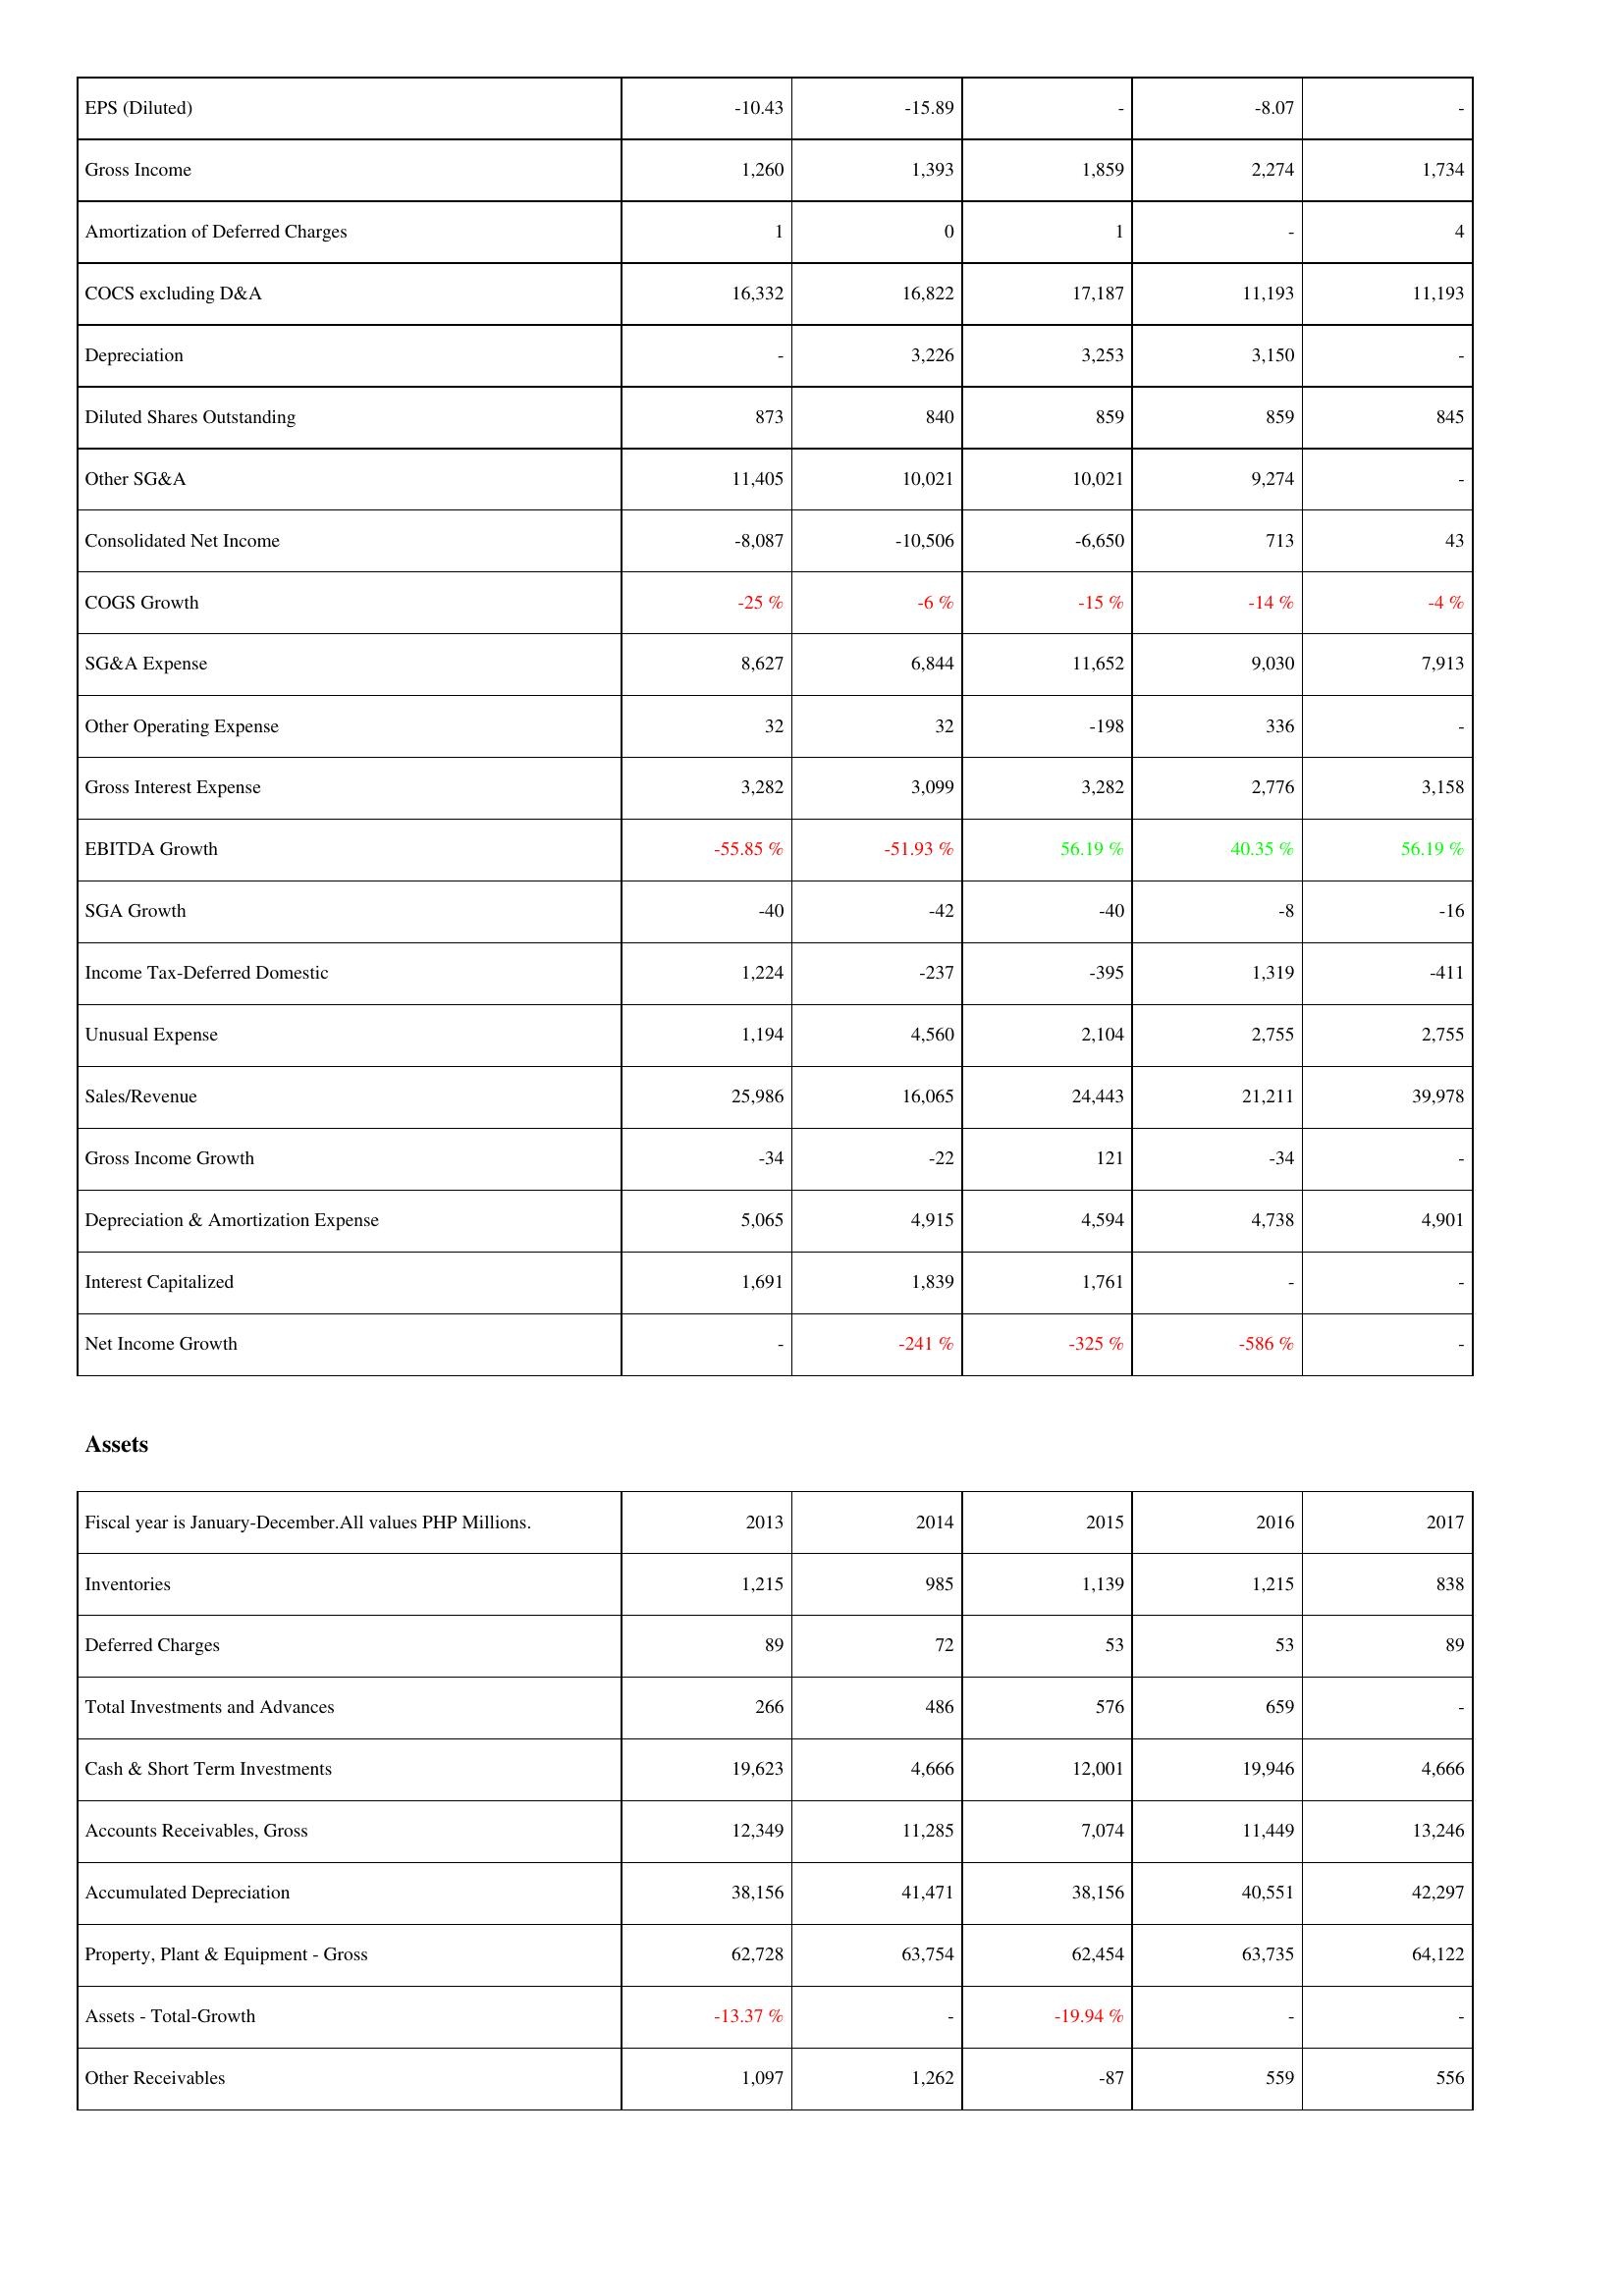
2013: Income Statement: EPS (Diluted): -10.43
Gross Income: 1,260
Amortization of Deferred Charges: 1
COCS excluding D&A: 16,332
Depreciation: -
Diluted Shares Outstanding: 873
Other SG&A: 11,405
Consolidated Net Income: -8,087
COGS Growth: -25 %
SG&A Expense: 8,627
Other Operating Expense: 32
Gross Interest Expense: 3,282
EBITDA Growth: -55.85 %
SGA Growth: -40
Income Tax-Deferred Domestic: 1,224
Unusual Expense: 1,194
Sales/Revenue: 25,986
Gross Income Growth: -34
Depreciation & Amortization Expense: 5,065
Interest Capitalized: 1,691
Net Income Growth: -
Assets: Inventories: 1,215
Deferred Charges: 89
Total Investments and Advances: 266
Cash & Short Term Investments: 19,623
Accounts Receivables, Gross: 12,349
Accumulated Depreciation: 38,156
Property, Plant & Equipment - Gross: 62,728
Assets - Total-Growth: -13.37 %
Other Receivables: 1,097
2014: Income Statement: EPS (Diluted): -15.89
Gross Income: 1,393
Amortization of Deferred Charges: 0
COCS excluding D&A: 16,822
Depreciation: 3,226
Diluted Shares Outstanding: 840
Other SG&A: 10,021
Consolidated Net Income: -10,506
COGS Growth: -6 %
SG&A Expense: 6,844
Other Operating Expense: 32
Gross Interest Expense: 3,099
EBITDA Growth: -51.93 %
SGA Growth: -42
Income Tax-Deferred Domestic: -237
Unusual Expense: 4,560
Sales/Revenue: 16,065
Gross Income Growth: -22
Depreciation & Amortization Expense: 4,915
Interest Capitalized: 1,839
Net Income Growth: -241 %
Assets: Inventories: 985
Deferred Charges: 72
Total Investments and Advances: 486
Cash & Short Term Investments: 4,666
Accounts Receivables, Gross: 11,285
Accumulated Depreciation: 41,471
Property, Plant & Equipment - Gross: 63,754
Assets - Total-Growth: -
Other Receivables: 1,262
2015: Income Statement: EPS (Diluted): -
Gross Income: 1,859
Amortization of Deferred Charges: 1
COCS excluding D&A: 17,187
Depreciation: 3,253
Diluted Shares Outstanding: 859
Other SG&A: 10,021
Consolidated Net Income: -6,650
COGS Growth: -15 %
SG&A Expense: 11,652
Other Operating Expense: -198
Gross Interest Expense: 3,282
EBITDA Growth: 56.19 %
SGA Growth: -40
Income Tax-Deferred Domestic: -395
Unusual Expense: 2,104
Sales/Revenue: 24,443
Gross Income Growth: 121
Depreciation & Amortization Expense: 4,594
Interest Capitalized: 1,761
Net Income Growth: -325 %
Assets: Inventories: 1,139
Deferred Charges: 53
Total Investments and Advances: 576
Cash & Short Term Investments: 12,001
Accounts Receivables, Gross: 7,074
Accumulated Depreciation: 38,156
Property, Plant & Equipment - Gross: 62,454
Assets - Total-Growth: -19.94 %
Other Receivables: -87
2016: Income Statement: EPS (Diluted): -8.07
Gross Income: 2,274
Amortization of Deferred Charges: -
COCS excluding D&A: 11,193
Depreciation: 3,150
Diluted Shares Outstanding: 859
Other SG&A: 9,274
Consolidated Net Income: 713
COGS Growth: -14 %
SG&A Expense: 9,030
Other Operating Expense: 336
Gross Interest Expense: 2,776
EBITDA Growth: 40.35 %
SGA Growth: -8
Income Tax-Deferred Domestic: 1,319
Unusual Expense: 2,755
Sales/Revenue: 21,211
Gross Income Growth: -34
Depreciation & Amortization Expense: 4,738
Interest Capitalized: -
Net Income Growth: -586 %
Assets: Inventories: 1,215
Deferred Charges: 53
Total Investments and Advances: 659
Cash & Short Term Investments: 19,946
Accounts Receivables, Gross: 11,449
Accumulated Depreciation: 40,551
Property, Plant & Equipment - Gross: 63,735
Assets - Total-Growth: -
Other Receivables: 559
2017: Income Statement: EPS (Diluted): -
Gross Income: 1,734
Amortization of Deferred Charges: 4
COCS excluding D&A: 11,193
Depreciation: -
Diluted Shares Outstanding: 845
Other SG&A: -
Consolidated Net Income: 43
COGS Growth: -4 %
SG&A Expense: 7,913
Other Operating Expense: -
Gross Interest Expense: 3,158
EBITDA Growth: 56.19 %
SGA Growth: -16
Income Tax-Deferred Domestic: -411
Unusual Expense: 2,755
Sales/Revenue: 39,978
Gross Income Growth: -
Depreciation & Amortization Expense: 4,901
Interest Capitalized: -
Net Income Growth: -
Assets: Inventories: 838
Deferred Charges: 89
Total Investments and Advances: -
Cash & Short Term Investments: 4,666
Accounts Receivables, Gross: 13,246
Accumulated Depreciation: 42,297
Property, Plant & Equipment - Gross: 64,122
Assets - Total-Growth: -
Other Receivables: 556